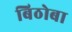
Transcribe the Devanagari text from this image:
बिठोबा